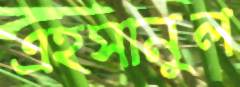
এহসানুল